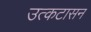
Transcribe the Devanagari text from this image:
उत्कटासन